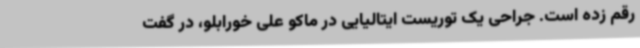
رقم زده است. جراحی یک توریست ایتالیایی در ماکو علی خورابلو، در گفت